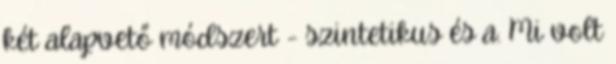
két alapvető módszert - szintetikus és a. Mi volt